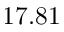
1 7 . 8 1